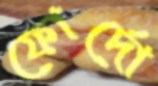
ফোর্দো